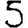
Digit: 5